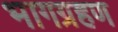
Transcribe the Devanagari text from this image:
भागग्रहण